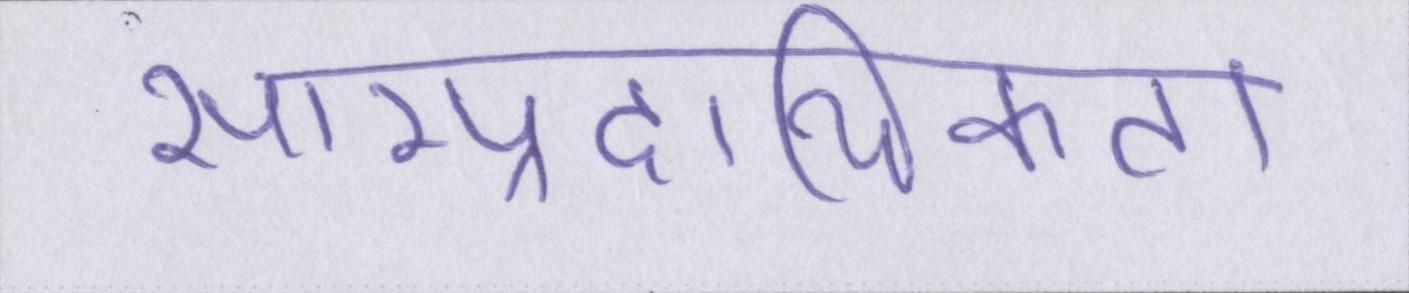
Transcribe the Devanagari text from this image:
साम्प्रदायिकता